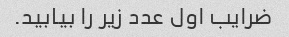
ضرایب اول عدد زیر را بیابید.